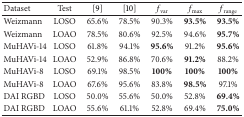
<table><thead><tr><td><b> Dataset </b></td><td><b> Test </b></td><td><b> [9] </b></td><td><b> [10] </b></td><td><b><i>f</i><sub>var</sub></b></td><td><b><i>f</i><sub>max⁡</sub></b></td><td><b><i>f</i><sub>range</sub></b></td></tr></thead><tbody><tr><td>Weizmann </td><td> LOSO </td><td> 65.6% </td><td> 78.5% </td><td> 90.3% </td><td><b>93.5%</b></td><td><b>93.5%</b></td></tr><tr><td>Weizmann </td><td> LOAO </td><td> 78.5% </td><td> 80.6% </td><td> 92.5% </td><td> 94.6% </td><td><b>95.7%</b></td></tr><tr><td>MuHAVi-14 </td><td> LOSO </td><td> 61.8% </td><td> 94.1% </td><td><b>95.6%</b></td><td> 91.2% </td><td><b>95.6%</b></td></tr><tr><td>MuHAVi-14 </td><td> LOAO </td><td> 52.9% </td><td> 86.8% </td><td> 70.6% </td><td><b>91.2%</b></td><td> 88.2% </td></tr><tr><td>MuHAVi-8 </td><td> LOSO </td><td> 69.1% </td><td> 98.5% </td><td><b>100%</b></td><td><b>100%</b></td><td><b>100%</b></td></tr><tr><td>MuHAVi-8 </td><td> LOAO </td><td> 67.6% </td><td> 95.6% </td><td> 83.8% </td><td><b>98.5%</b></td><td> 97.1% </td></tr><tr><td>DAI RGBD </td><td> LOSO </td><td> 50.0% </td><td> 55.6% </td><td> 50.0% </td><td> 52.8% </td><td><b>69.4%</b></td></tr><tr><td>DAI RGBD </td><td> LOAO </td><td> 55.6% </td><td> 61.1% </td><td> 52.8% </td><td> 69.4% </td><td><b>75.0%</b></td></tr></tbody></table>